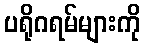
ပရိုဂရမ်များကို